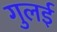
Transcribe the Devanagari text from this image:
गुलई